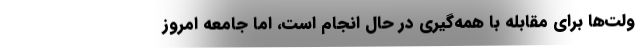
ولت‌ها برای مقابله با همه‌گیری در حال انجام است، اما جامعه امروز